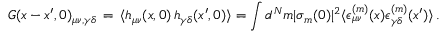
{ \cal G } ( x - x ^ { \prime } , 0 ) _ { \mu \nu , \gamma \delta } \, = \, \langle h _ { \mu \nu } ( x , 0 ) \, h _ { \gamma \delta } ( x ^ { \prime } , 0 ) \rangle = \int d ^ { N } m | \sigma _ { m } ( 0 ) | ^ { 2 } \langle \epsilon _ { \mu \nu } ^ { ( m ) } ( x ) \epsilon _ { \gamma \delta } ^ { ( m ) } ( x ^ { \prime } ) \rangle \, .